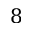
8